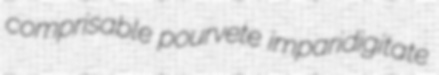
comprisable pourvete imparidigitate